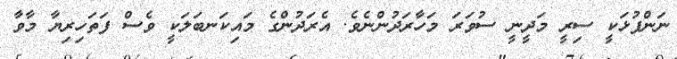
ނަންފުޅަކީ ސިރީ މަދީނީ ސުވަރަ މަހާރަދުންނެވެ. އެރަދުންގެ މައިކަނބަލަކީ ވެސް ފަތަހިރިޔާ މާވާ